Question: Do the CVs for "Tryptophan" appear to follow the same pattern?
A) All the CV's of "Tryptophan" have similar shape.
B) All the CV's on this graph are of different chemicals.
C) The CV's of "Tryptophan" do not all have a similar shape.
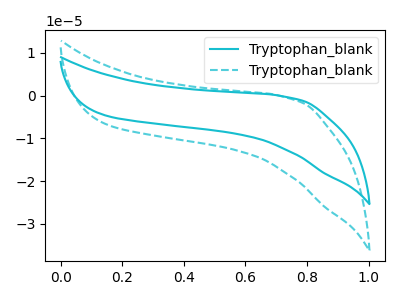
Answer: <think>The cyan curve "Tryptophan_blank1" has no peaks. The cyan dashed curve "Tryptophan_blank2" has no peaks.
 Neither "Tryptophan_blank1" or "Tryptophan_blank2" have any peaks.</think>
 <answer>A) All the CV's of "Tryptophan" have similar shape.</answer>
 <eval>A</eval>